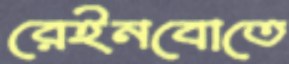
রেইনবোতে